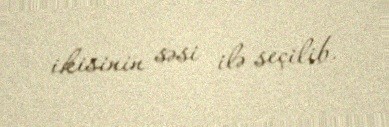
ikisinin səsi ilə seçilib.